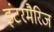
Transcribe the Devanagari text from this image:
इंटरमैरिज